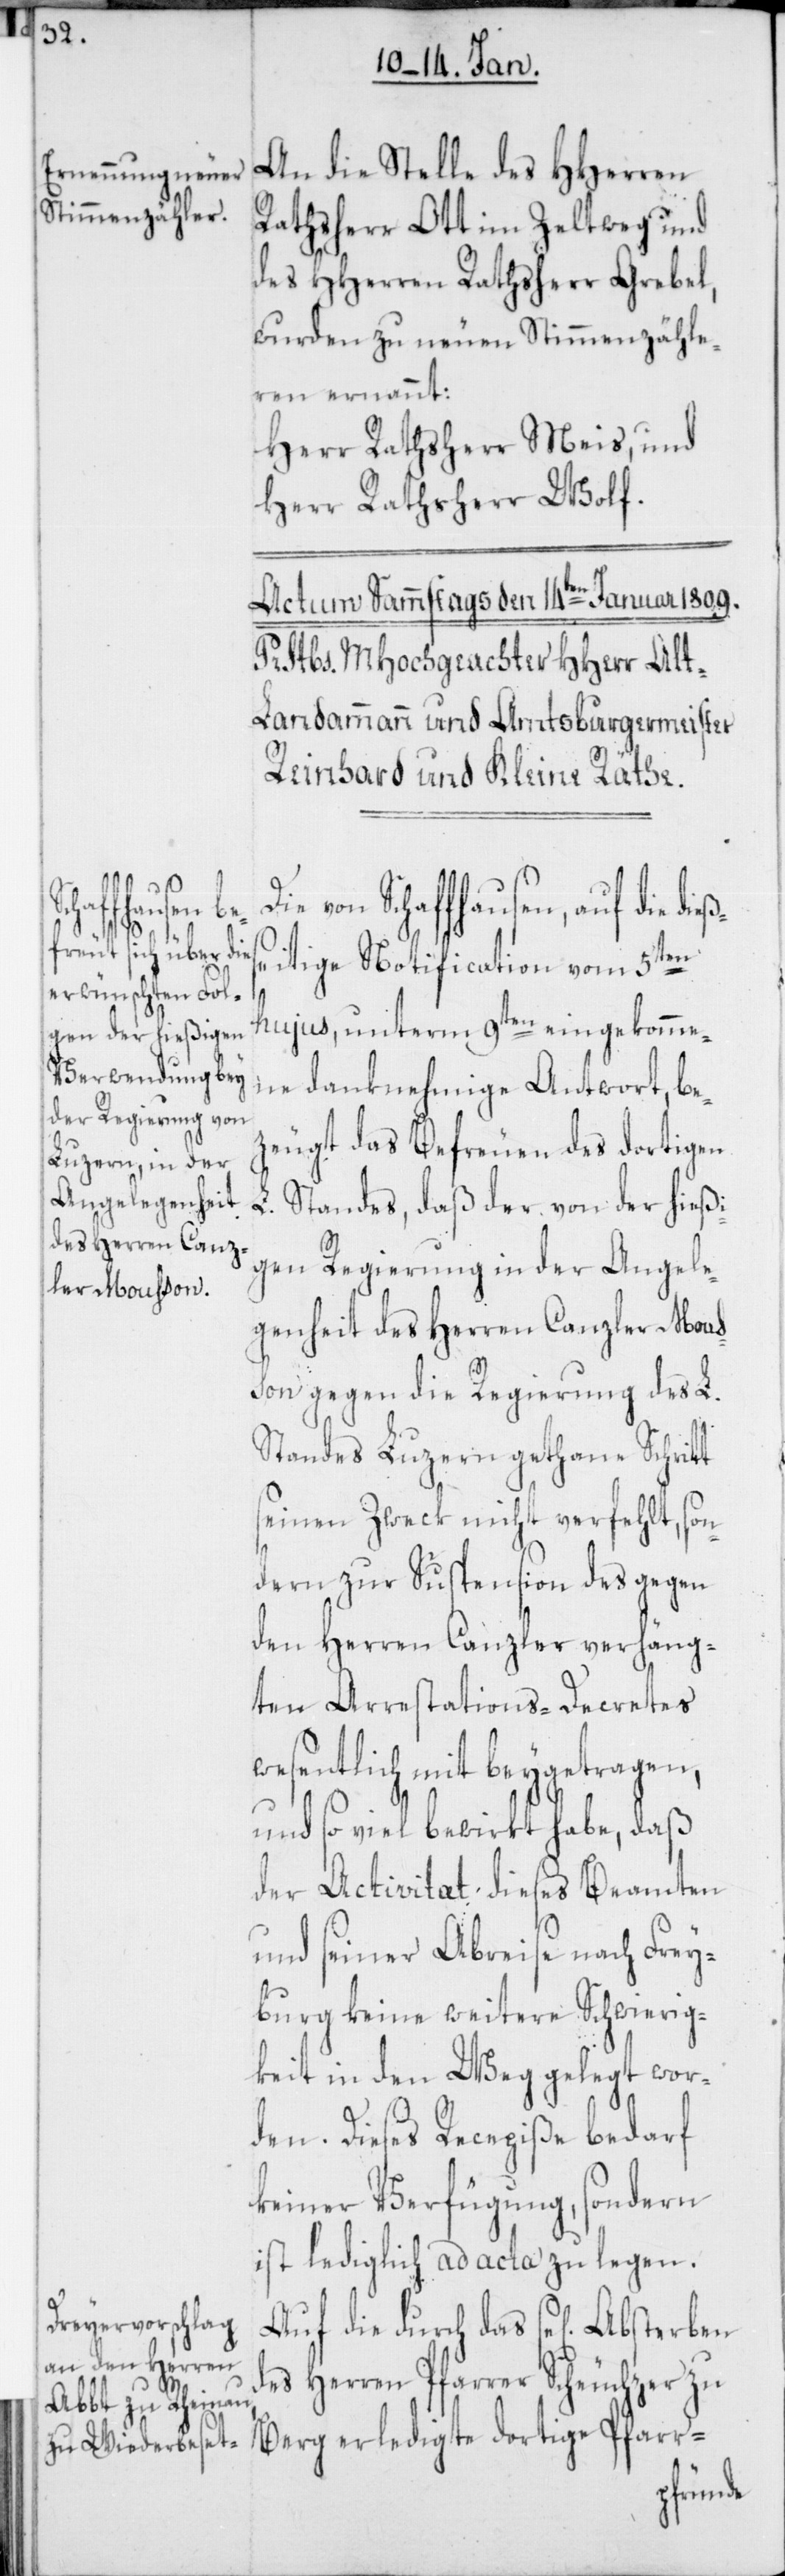
t
An die Stelle des HHerren
Rathsherr Ott im Zeltweg und
des HHerren Rathsherr Grebel,
wurden zu neuen Stimmenzähle¬
r ernannt:
Herr Rathsherr Meis, und
Herr Rathsherr Wolf.
von Schaffhausen, auf die
igte dortige
itige Notification vom 5ten
hujus, unterm 9ten eingekomme¬
ne danknehmige Antwort, be¬
zeugt das Befreuen des dortigen
L. Standes, daß der von der hießi¬
gen Regierung in der Angele¬
genheit des Herren Canzler Mous¬
son gegen die Regierung des L.
Standes Luzern gethane Schrit¬
seinen Zweck nicht verfehlt, son¬
dern zur Suspension des gegen
den Herren Canzler verhäng¬
ten Arrestations-Decrets
wesentlich mit beygetragen,
und so viel bewirkt habe, daß
der Activitat dieses Beamten
und seiner Abreise nach Frey¬
burg keine weitere Schwierig¬
keit in den Weg gelegt wor¬
den. Dieses Recepiße bedarf
keiner Verfügung, sondern
ist lediglich ad acta zu legen.
Auf die durch das sel[ige]
des Herren Pfarrer Scheuchzer zu